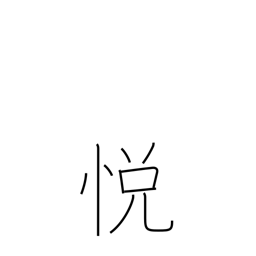
Meaning: rapture